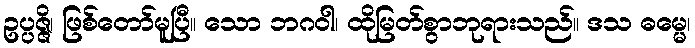
ဥပ္ပဇ္ဇိ၊ ဖြစ်တော်မူပြီ။ သော ဘဂဝါ၊ ထိုမြတ်စွာဘုရားသည်။ ဒသ ဓမ္မေ၊